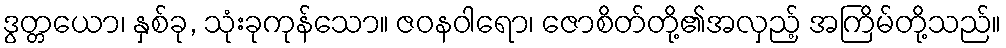
ဒွတ္တယော၊ နှစ်ခု, သုံးခုကုန်သော။ ဇဝနဝါရော၊ ဇောစိတ်တို့၏အလှည့် အကြိမ်တို့သည်။